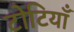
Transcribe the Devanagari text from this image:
टोटियाँ